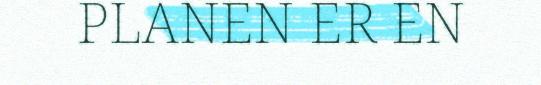
PLANEN ER EN